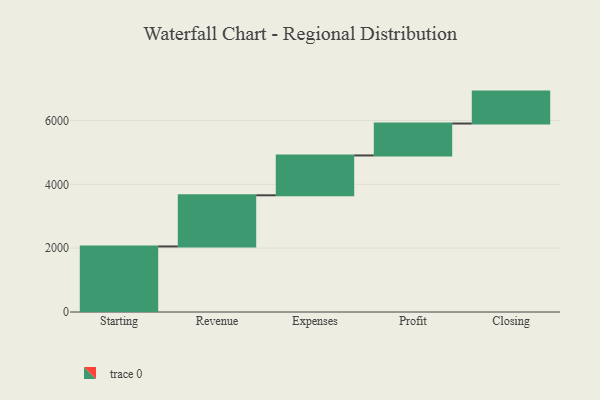
{"axis": {"x": "Step", "y": "Value"}, "legend": [""], "data": [{"x": "Starting", "y": 2053.0, "type": ""}, {"x": "Revenue", "y": 1603.0, "type": ""}, {"x": "Expenses", "y": 1248.0, "type": ""}, {"x": "Profit", "y": 1000, "type": ""}, {"x": "Closing", "y": 1000, "type": ""}]}